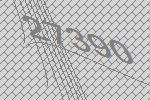
27390